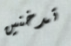
تدخنين